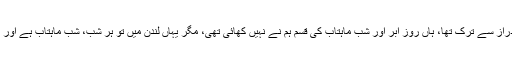
اب تم جانو میرزا تفتہ کہ شغلِ مے نوشی عرصہء دراز سے ترک تھا، ہاں روزِ ابر اور شبِ ماہتاب کی قسم ہم نے نہیں کھائی تھی، مگر یہاں لندن میں تو ہر شب، شبِ ماہتاب ہے اور ابر کی کیا پوچھتے ہو، دِن میں دس دس بار آتا ہے۔